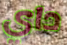
داي